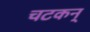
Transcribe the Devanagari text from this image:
चटकन्